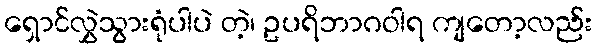
ရှောင်လွှဲသွားရုံပါပဲ တဲ့၊ ဥပရိဘာဂဝါရ ကျတော့လည်း